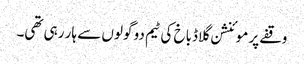
وقفے پر موئنشن گلاڈباخ کی ٹیم دو گولوں سے ہار رہی تھی۔